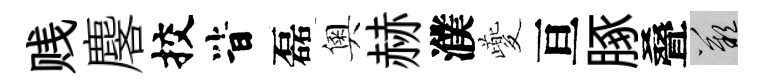
贱麐挍𣅜磊奧赫濮夔亘䐁叠嘆